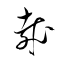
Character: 哉